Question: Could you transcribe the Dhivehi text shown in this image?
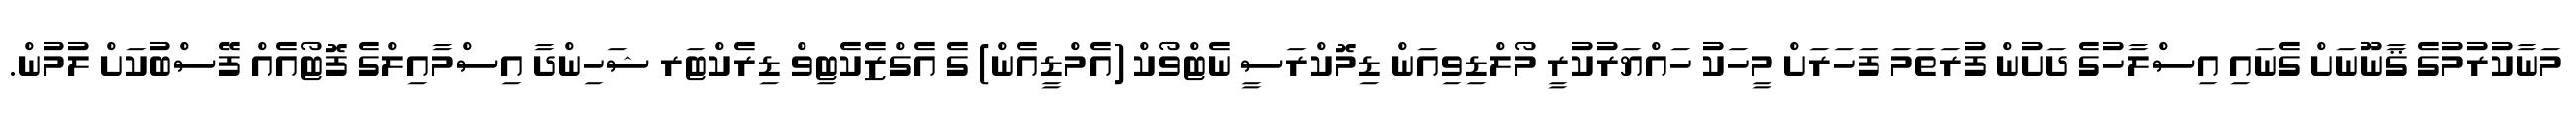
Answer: މަނާކުރުމުގެ ޤާނޫނަށް ގެނައި އިސްލާހުގެ ދަށުން ފުރަތަމަ ފަހަރަށް މީހަކު ހައްޔަރުކުރީ މޯލްޑިވިއަން ޑިމޮކްރަސީ ނެޓްވޯކް (އެމްޑީއެން) ގެ އެގްޒެކެޓިވް ޑިރެކްޓަރ ޝަހިންދާ އިސްމާއިލްގެ ފޮޓޯއެއް ފޭސްބުކަށް ލުމުން.